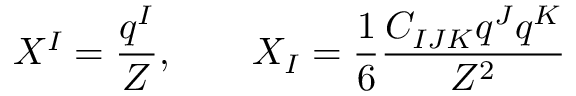
X ^ { I } = \frac { q ^ { I } } { Z } , \qquad X _ { I } = \frac { 1 } { 6 } \frac { C _ { I J K } q ^ { J } q ^ { K } } { Z ^ { 2 } }